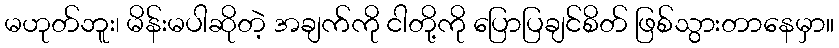
မဟုတ်ဘူး၊ မိန်းမပါဆိုတဲ့ အချက်ကို ငါတို့ကို ပြောပြချင်စိတ် ဖြစ်သွားတာနေမှာ။